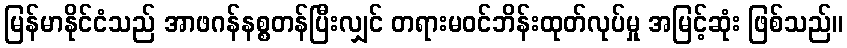
မြန်မာနိုင်ငံသည် အာဖဂန်နစ္စတန်ပြီးလျှင် တရားမဝင်ဘိန်းထုတ်လုပ်မှု အမြင့်ဆုံး ဖြစ်သည်။